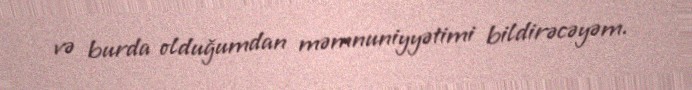
və burda olduğumdan məmnuniyyətimi bildirəcəyəm.